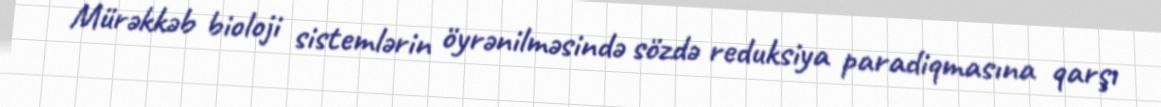
Mürəkkəb bioloji sistemlərin öyrənilməsində sözdə reduksiya paradiqmasına qarşı